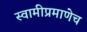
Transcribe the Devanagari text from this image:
स्वामीप्रमाणेच